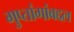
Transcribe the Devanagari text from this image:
गुप्तांगांबद्दल